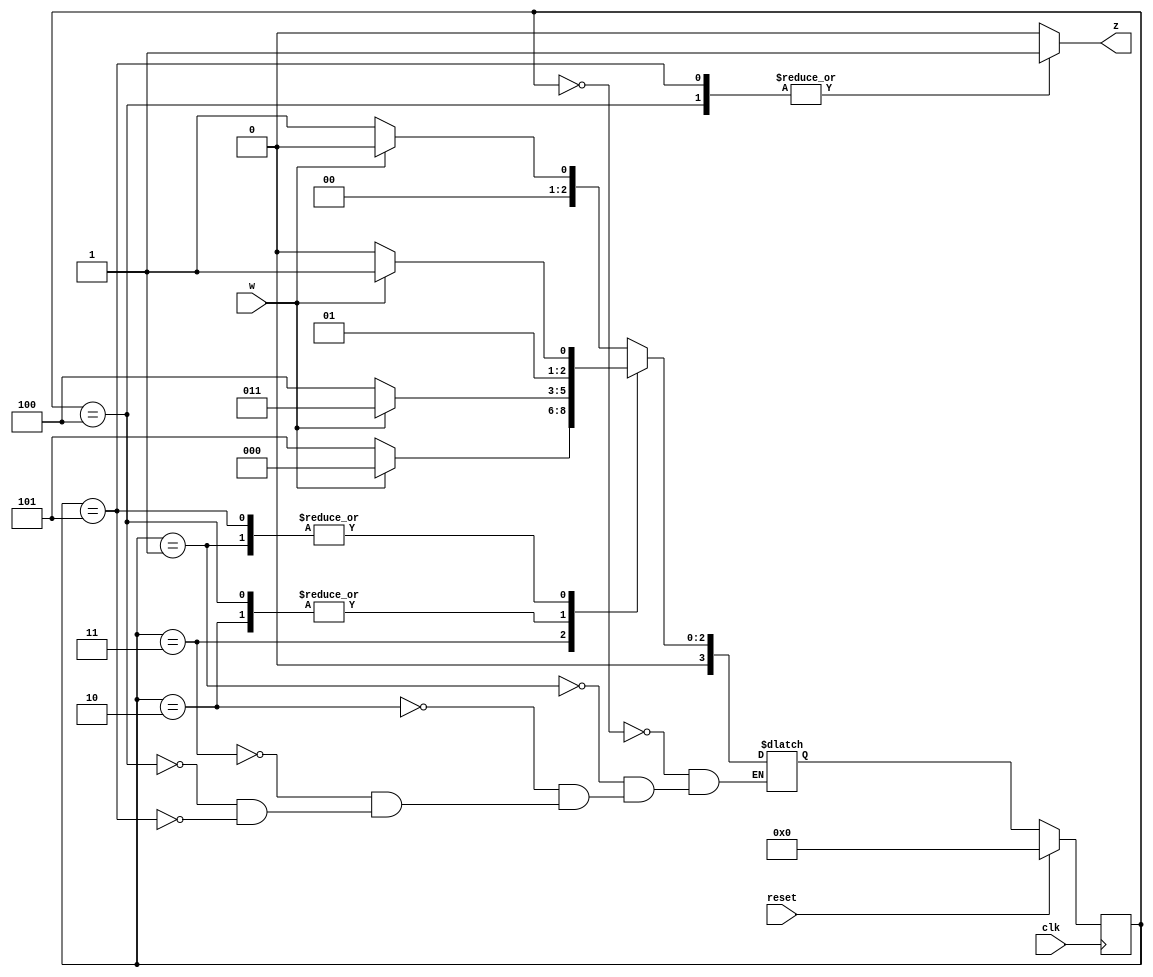
module top_module (
    input clk,
    input reset,     // synchronous reset
    input w,
    output z);
    
    parameter A= 0,B= 1,C= 2,D= 3,E= 4,F= 5;
    
    reg [3:0] state, next_state ;
    
    always @(posedge clk)begin
        if(reset)
            state <= A ;
        else
            state <= next_state ;
    end
    
    always @(*)begin
        z = 1'b0 ;
        case(state)
            A: next_state = w ? A: B ;
            B: next_state = w ? D: C ;
            C: next_state = w ? D: E ;
            D: next_state = w ? A: F ;
            E:begin
                next_state = w ? D: E ;
                z = 1'b1 ;
            end
             F:begin
                next_state = w ? D: C ;
                z = 1'b1 ;
            end
        endcase
    end

endmodule